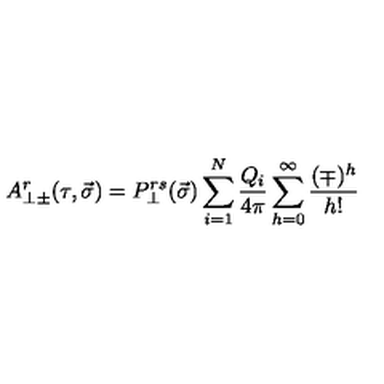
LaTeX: A _ { \perp \pm } ^ { r } ( \tau , \vec { \sigma } ) = P _ { \perp } ^ { r s } ( \vec { \sigma } ) \sum _ { i = 1 } ^ { N } \frac { Q _ { i } } { 4 \pi } \sum _ { h = 0 } ^ { \infty } \frac { ( \mp ) ^ { h } } { h ! }